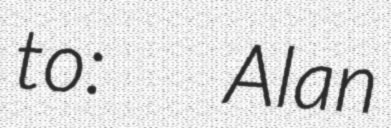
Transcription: to:  Alan